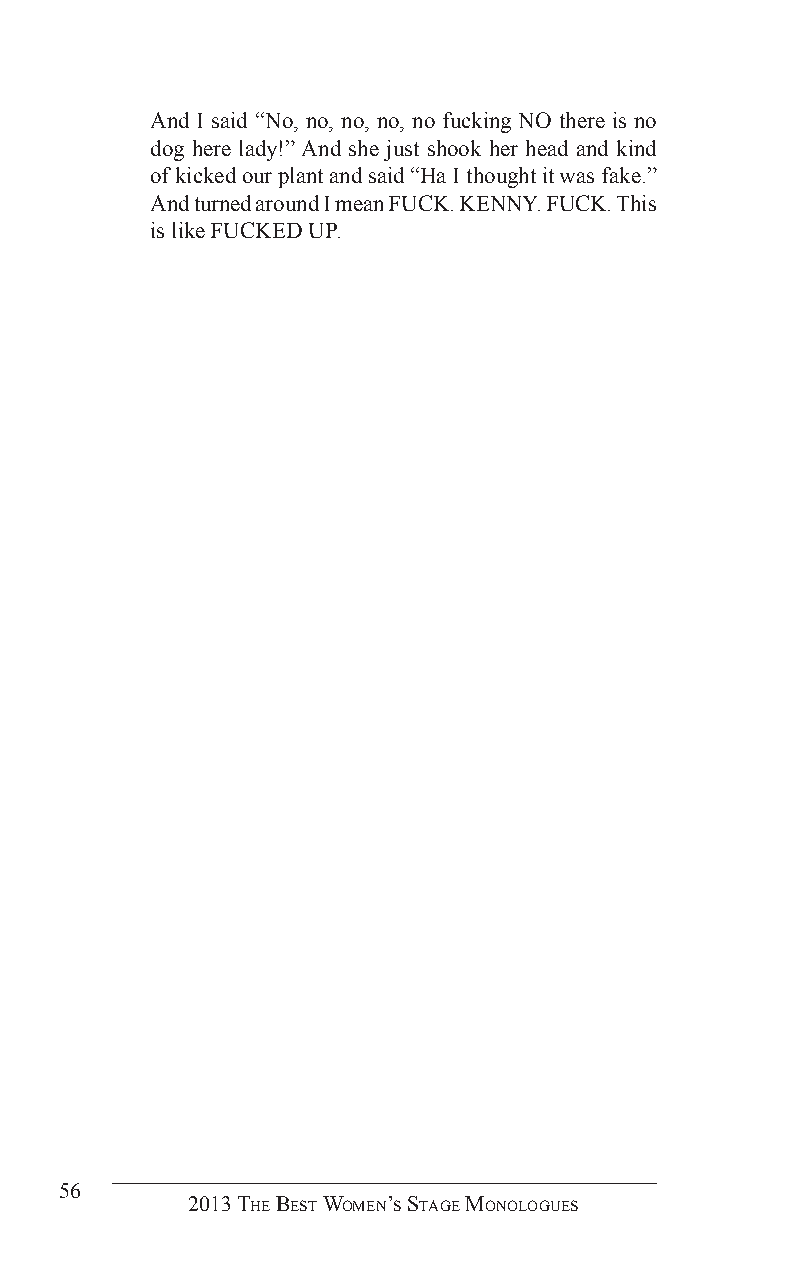
And I said “No, no, no, no, no fucking NO there is no
 dog here lady!” And she just shook her head and kind
 of kicked our plant and said “Ha I thought it was fake.”
 And turned around I mean FUCK. KENNY. FUCK. This
 is like FUCKED UP.
 56
 2013 The BesT Women’s sTage monologues